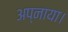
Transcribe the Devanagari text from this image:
अप्नाया।